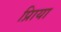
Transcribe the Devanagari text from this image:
प्रिाया